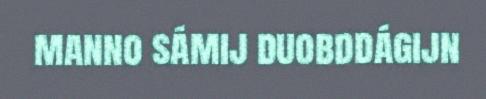
manno sámij duobddágijn